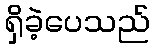
ရှိခဲ့ပေသည်